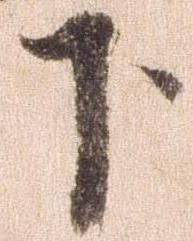
下